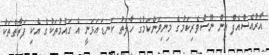
އާރުއެސްއެފް އިން ނޫސްވެރިކަމުގެ މިނިވަންކަމުގެ ހާލަތު ކަނޑައަޅަނީ އެ ގައުމުތަކުގެ އެކި ފަރާތްތަކާ